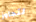
لتجاوز